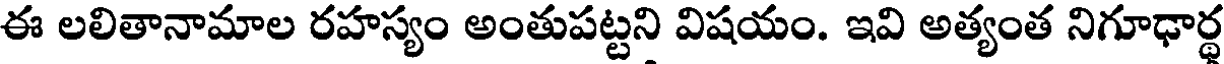
ఈ లలితానామాల రహస్యం అంతుపట్టని విషయం. ఇవి అత్యంత నిగూఢార్థ